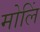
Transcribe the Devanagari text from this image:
मोलिं